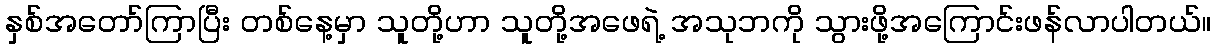
နှစ်အတော်ကြာပြီး တစ်နေ့မှာ သူတို့ဟာ သူတို့အဖေရဲ့ အသုဘကို သွားဖို့အကြောင်းဖန်လာပါတယ်။